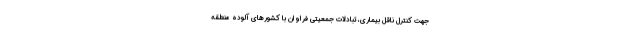
جهت کنترل ناقل بیماری، تبادلات جمعیتی فراوان با کشورهای آلوده منطقه